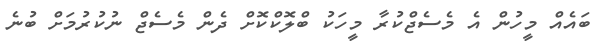
ބައެއް މީހުން އެ މެސެޖްކުރާ މީހަކު ބްލޮކްކޮށް ދެން މެސެޖް ނުކުރުމަށް ބުނެ